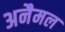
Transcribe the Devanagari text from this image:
अनैमल